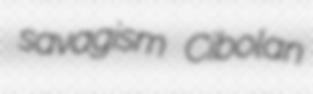
savagism Cibolan